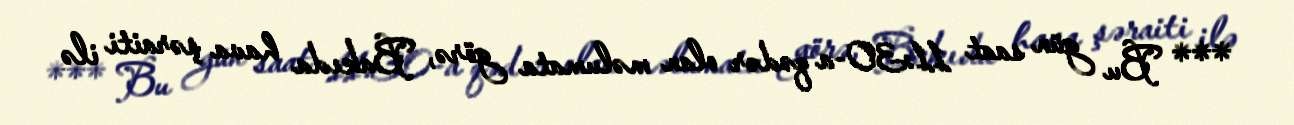
*** Bu gün saat 11:30-a qədər olan məlumata görə, Bakıda hava şəraiti ilə